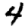
Digit: 4